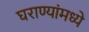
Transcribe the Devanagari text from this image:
घराण्यांमध्ये